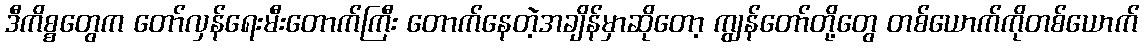
ဒီကိစ္စတွေက တော်လှန်ရေးမီးတောက်ကြီး တောက်နေတဲ့အချိန်မှာဆိုတော့ ကျွန်တော်တို့တွေ တစ်ယောက်ကိုတစ်ယောက်